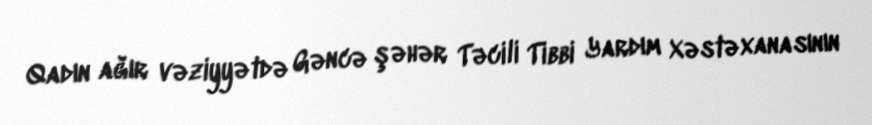
Qadın ağır vəziyyətdə Gəncə şəhər Təcili Tibbi Yardım Xəstəxanasının